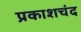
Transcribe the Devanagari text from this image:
प्रकाशचंद